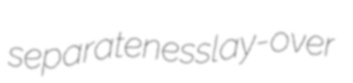
separateness lay-over